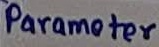
Text: Parameter